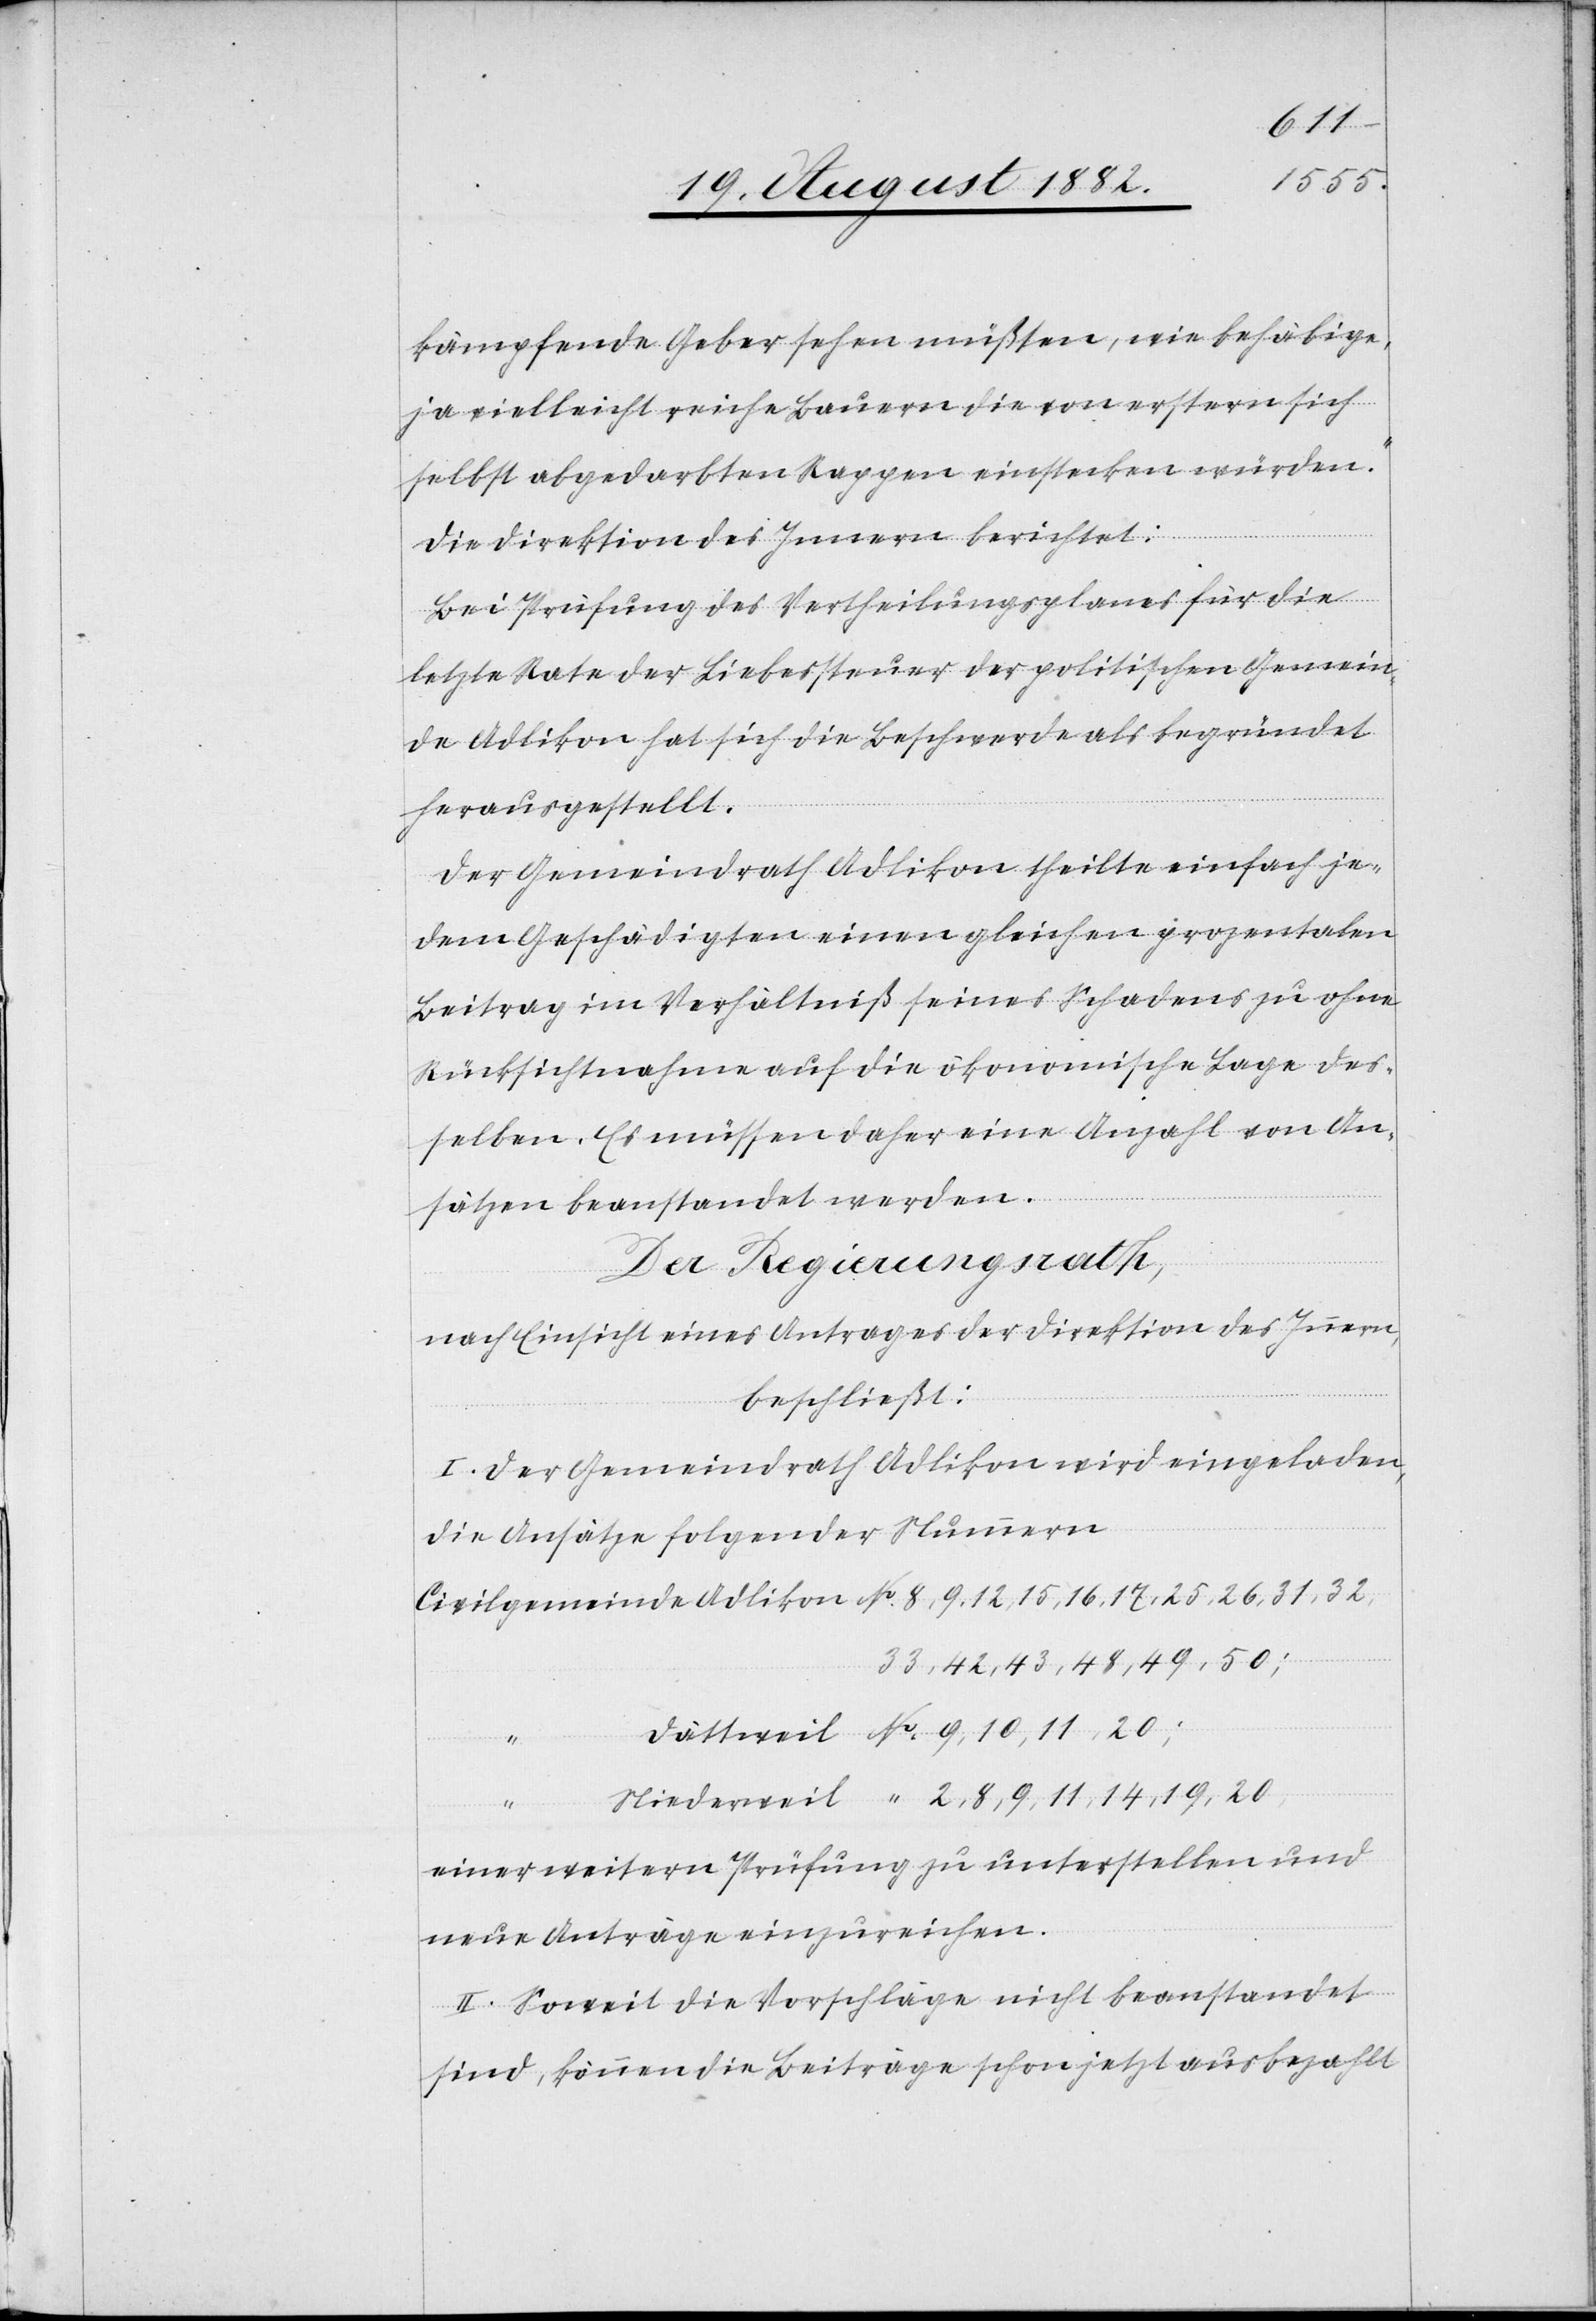
kämpfende Geber sehen müßten, wie behäbige,
ja vielleicht reiche Bauern die von erstern sich
selbst abgedarbten Rappen einstecken würden.“
Die Direktion des Innern berichtet:
Bei Prüfung des Vertheilungsplanes für die
letzte Rate der Liebessteuer der politischen Gemein¬
de Adlikon hat sich die Beschwerde als begründet
herausgestellt.
Der Gemeindrath Adlikon theilte einfach je¬
dem Geschädigten einen gleichen prozentualen
Beitrag im Verhältniß seines Schadens zu ohne
Rücksichtnahme auf die ökonomische Lage des¬
selben. Es müssen daher eine Anzahl von An¬
sätzen beanstandet werden.
Der Regierungsrath,
nach Einsicht eines Antrages der Direktion des Innern;
beschließt:
I. Der Gemeindrath Adlikon wird eingeladen,
die Ansätze folgender Nummern
2, 8, 9 ,11, 14, 19, 20,
11,
“
einer weitern Prüfung zu unterstellen und
neue Anträge einzureichen.
II. Soweit die Vorschläge nicht beanstandet
sind, können die Beiträge schon jetzt ausbezahlt